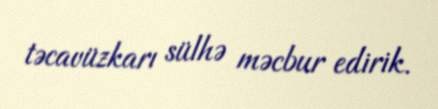
təcavüzkarı sülhə məcbur edirik.